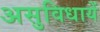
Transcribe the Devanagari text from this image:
असुविधायें